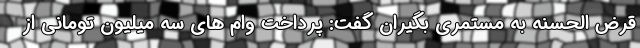
قرض الحسنه به مستمری بگیران گفت: پرداخت وام های سه میلیون تومانی از